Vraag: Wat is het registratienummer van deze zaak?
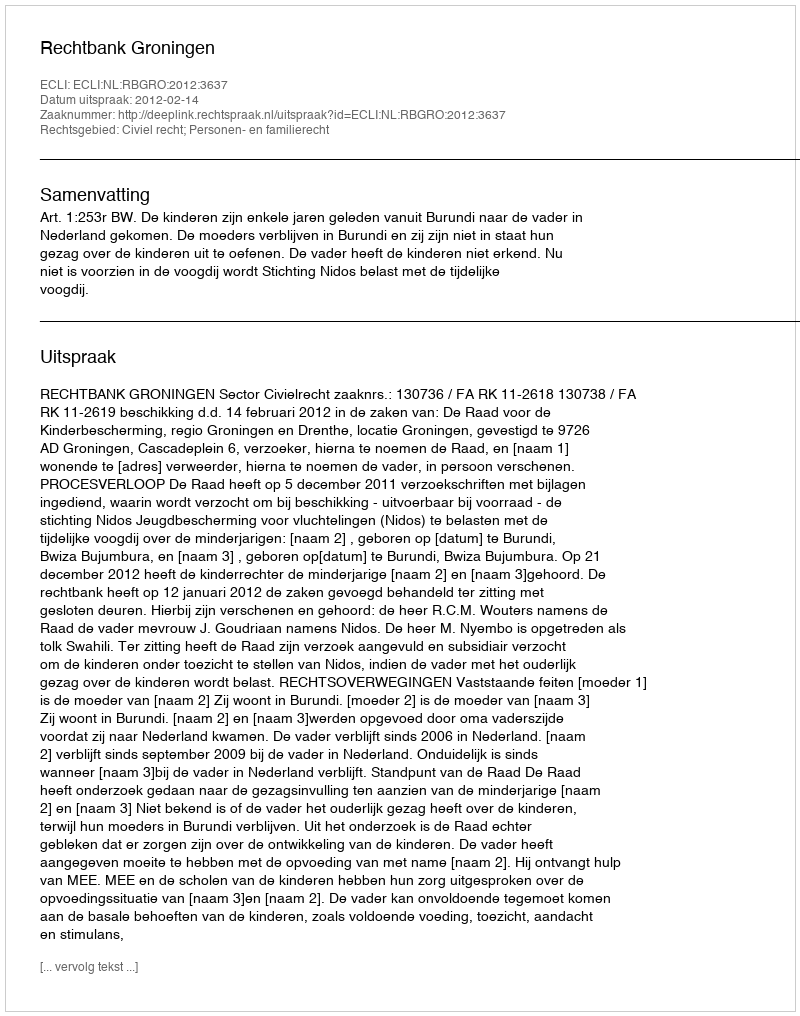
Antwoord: http://deeplink.rechtspraak.nl/uitspraak?id=ECLI:NL:RBGRO:2012:3637